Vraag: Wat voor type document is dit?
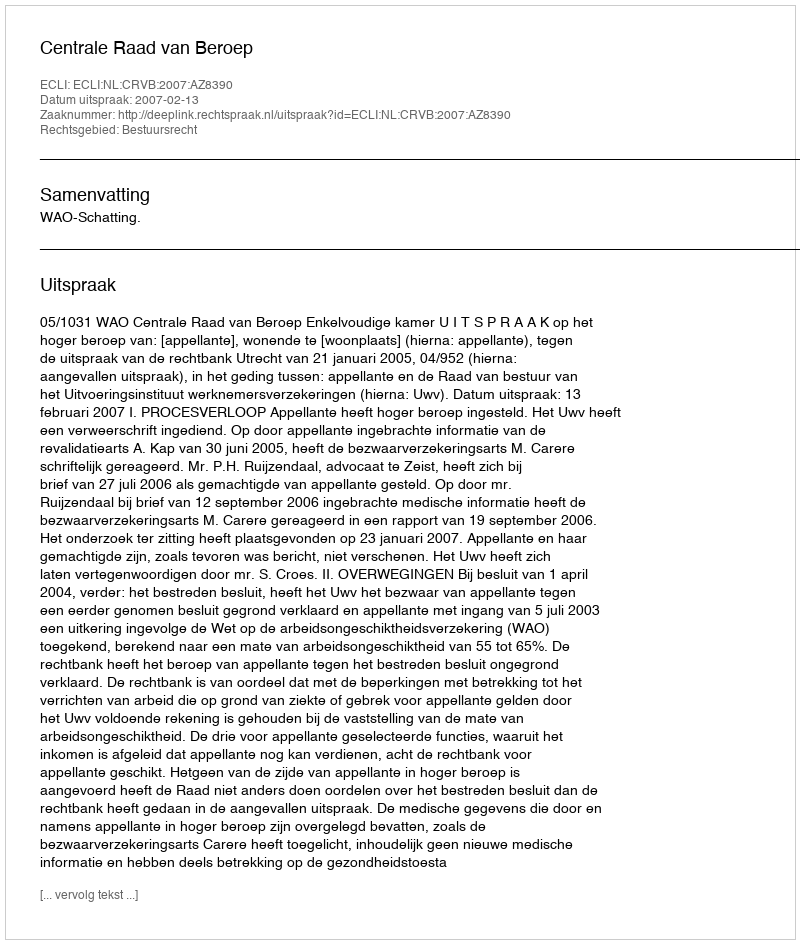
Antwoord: Uitspraak